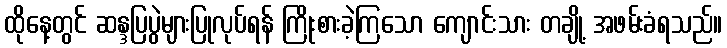
ထိုနေ့တွင် ဆန္ဒပြပွဲများပြုလုပ်ရန် ကြိုးစားခဲ့ကြသော ကျောင်းသား တချို့ အဖမ်းခံရသည်။